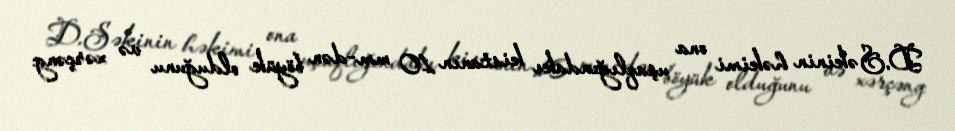
D.Səkinin həkimi ona uşaqlığındakı kistanın 10 mm-dən böyük olduğunu və xərçəng